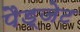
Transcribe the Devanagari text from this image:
पैड्जेट